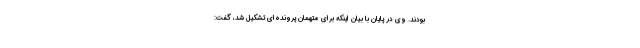
بودند. وی در پایان با بیان اینکه برای متهمان پرونده‌ای تشکیل شد، گفت: